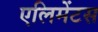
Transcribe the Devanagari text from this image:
एलिमेंटस